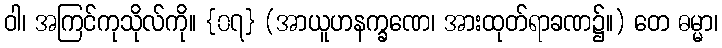
ဝါ၊ အကြင်ကုသိုလ်ကို။ {၀၇} (အာယူဟနက္ခဏေ၊ အားထုတ်ရာခဏ၌။) တေ ဓမ္မာ၊